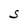
Character: S